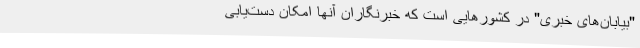
"بیابان‌های خبری" در کشورهایی است که خبرنگاران آنها امکان دست‌یابی